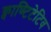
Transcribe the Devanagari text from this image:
क्वाण्टिटेटिव